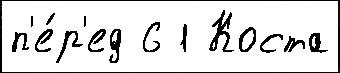
п'е́р'ед 6 1 Коста